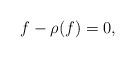
LaTeX: \begin{align*}f-\rho(f) = 0 ,\end{align*}